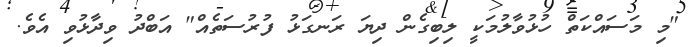
"މި މަސައްކަތް ހުޅުވާލުމަކީ ލިބިގެން ދިޔަ ރަނގަޅު ފުރުސަތެއް" އަބްދު ވިދާޅުވި އެވެ.